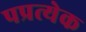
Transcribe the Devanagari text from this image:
पप्रत्येक